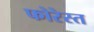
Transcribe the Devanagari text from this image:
फोरेस्त